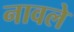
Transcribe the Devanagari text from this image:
नावले